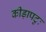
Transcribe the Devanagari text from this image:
कीड़ापटुः